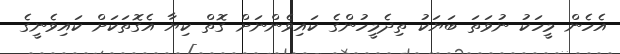
އެހެން މީހަކު ނުވަތަ ބަޔަކު ތިދެމީހުންގެ ކައިވެންނަށް ގޮތް ކިޔާ އެގޮތަކަށް ކައިވެނީގެ